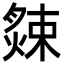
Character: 𦠁